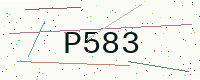
Text: P583